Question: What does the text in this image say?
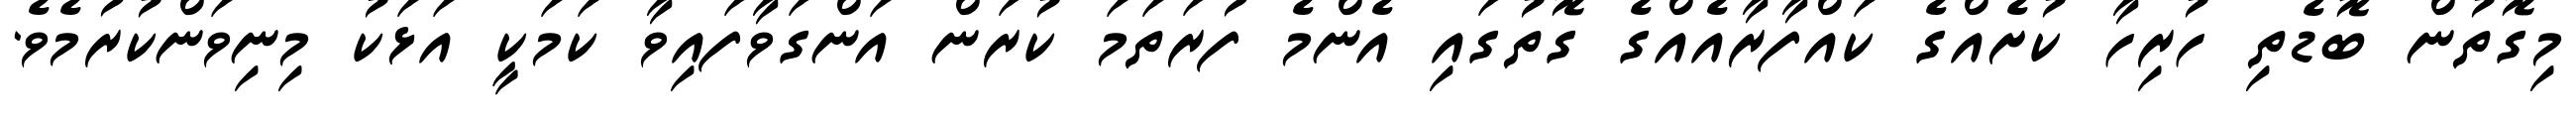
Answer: މިގޮތުން ބޮޑެތި ހުރިހާ ކުށެއްގެ ކައްފާރާއެއްގެ ގޮތުގައި އެންމެ ފުރަތަމަ ކުރަން އަންގަވާފައިވާ ކަމަކީ އަޅަކު މިނިވަންކުރުމެވެ.